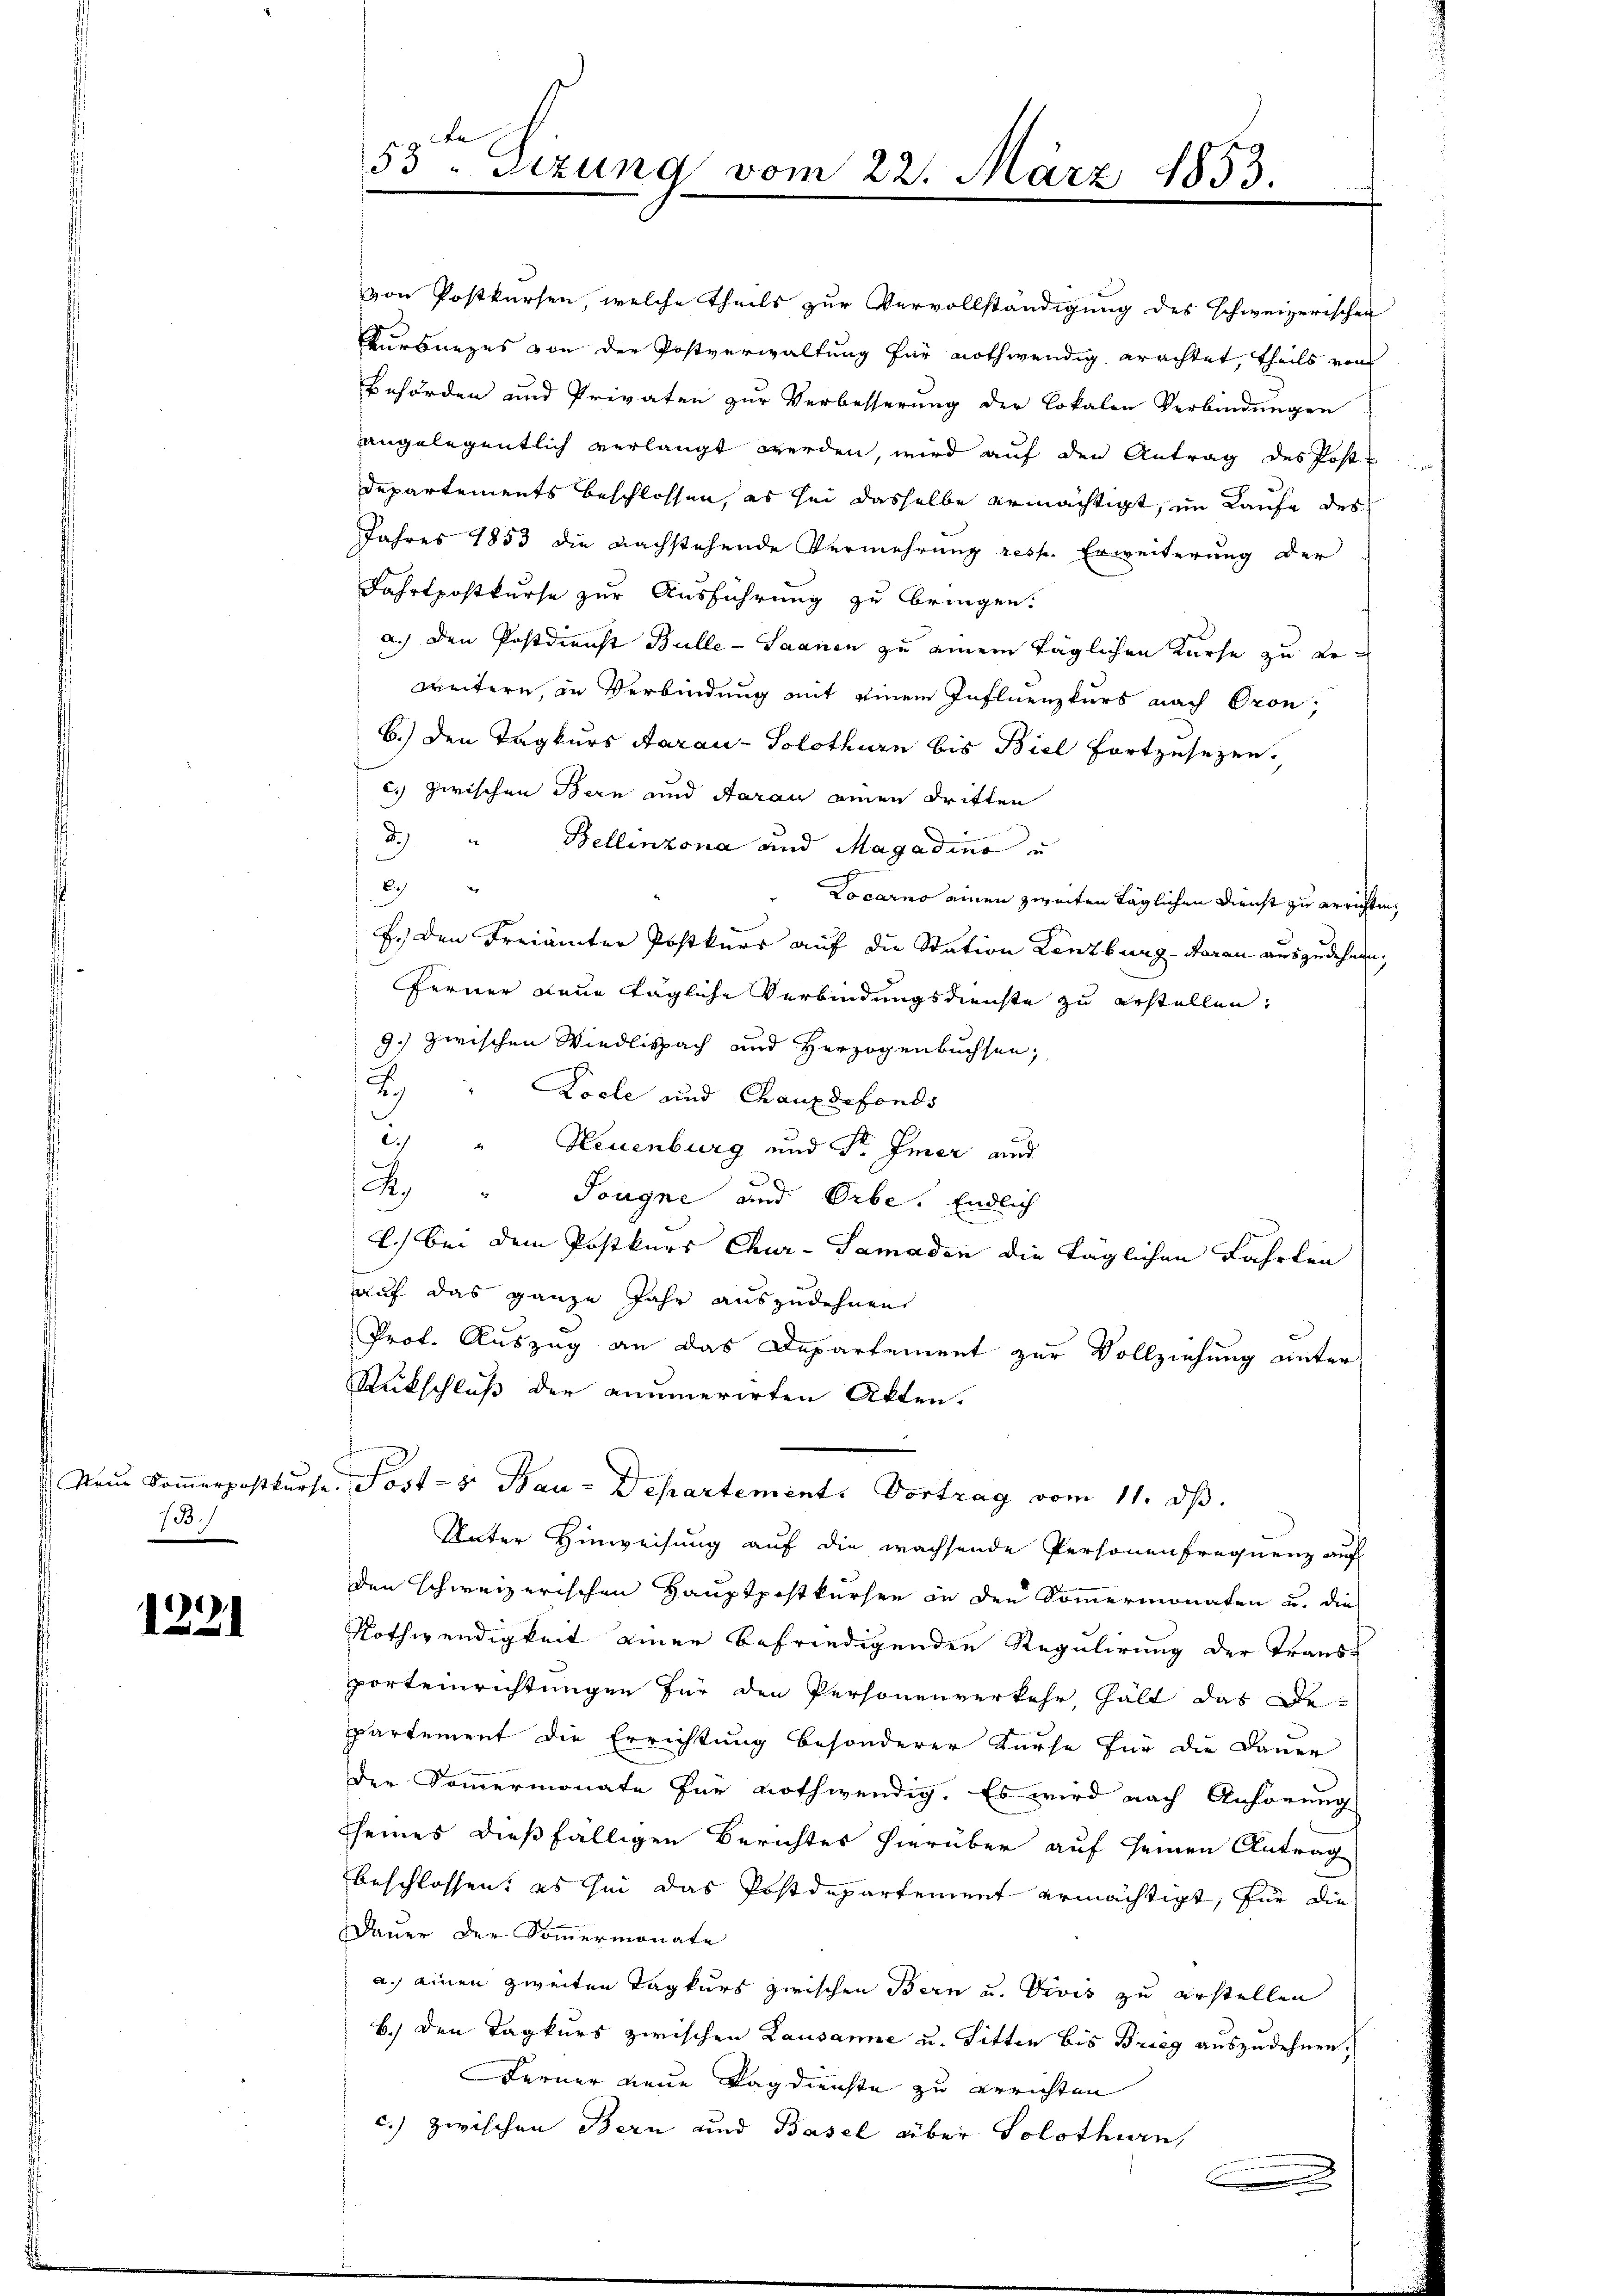
Neue Sommerpostkurse
13./

1221

53 sezung vom 22. März 1853.

von Postkursen, welche theils zur Vervollständigung des schweizerischen
Kurbnezes von der Postverwaltung für nothwendig erachtet, theils von
Behörden und Privaten zur Verbesserung der Lokalen Verbindungen
angelegentlich verlangt werden, wird auf den Antrag des Post-
Departements beschlossen, es sei dasselbe ermächtigt, im Laufe des
Jahres 1853 die nachstehende Vermehrung resp. Erweiterung der
Fahrtpostkurse zur Ausführung zu bringen.
a.) Den Postdienst Bulle - Saanen zu einem täglichen Kurse zu erweitern, in Verbindung auf einem Influenzkurs nach Gron,
b.) Den Tagkurs Aarau - Solothurn bis Biel fortzusetzen.
c) zwischen Bern und Aarau einen dritten
d
Bellinzona und Magadino u
2
Locarno einen zweiten täglichen Dienst zu errichten,
E.) Den Freiämter Postkurs auf die Station Lenzburg-Aarau ausgedehnen,
Ferner neue tägliche Verbindungsdienste zu erstellen,
9.) zwischen Wiedlispach und Herzogenbuchsen;
J
Locle und Chauxdefonds
.) " Neuenburg und Sr. Immer und
R. " Sougne und Orbe. Endlich
l.) Bei dem Postkurs Chur- Samaden die täglichen Fahrten
auf das ganze Jahr auszudehnen
Prof. Auszug an das Departement zur Vollziehung unter
Rückschluß der anumerirten Akten.
Post- u. Bau-Departement. Vortrag vom 11. dβ.
Unter Hinweisung auf die wachsende Personen frequenz auf
den schweizerischen Hauptpostkursen in den Sommermonaten u. die
Nothwendigkeit einer befriedigenden Regulirung der Trans-
porteinrichtungen für den Personenverkehr, hält das De-
Partement die Errichtung besonderer Kurse für die Dauer
der Sommermonate für nothwendig. Es wird nach Anhörung
seines dießfälligen Berichtes hierüber auf seinen Antrag
beschlossen, es sei das Postdepartement ermächtigt, für die
Dauer der Sommermonate
a. einen zweiten Tagkurs zwischen Bern u. Vivis zu erstellen
b.) Den Tagkurs zwischen Lausanne u. Bitten bis Brieg auszudehnen,
Ferner neue Tag dienste zu errichten
c.) zwischen Bern und Basel über Volothurn,
.